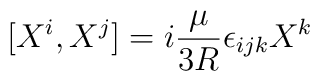
[ X^i, X^j ] = i {\mu \over 3R}\epsilon_{ijk} X^k